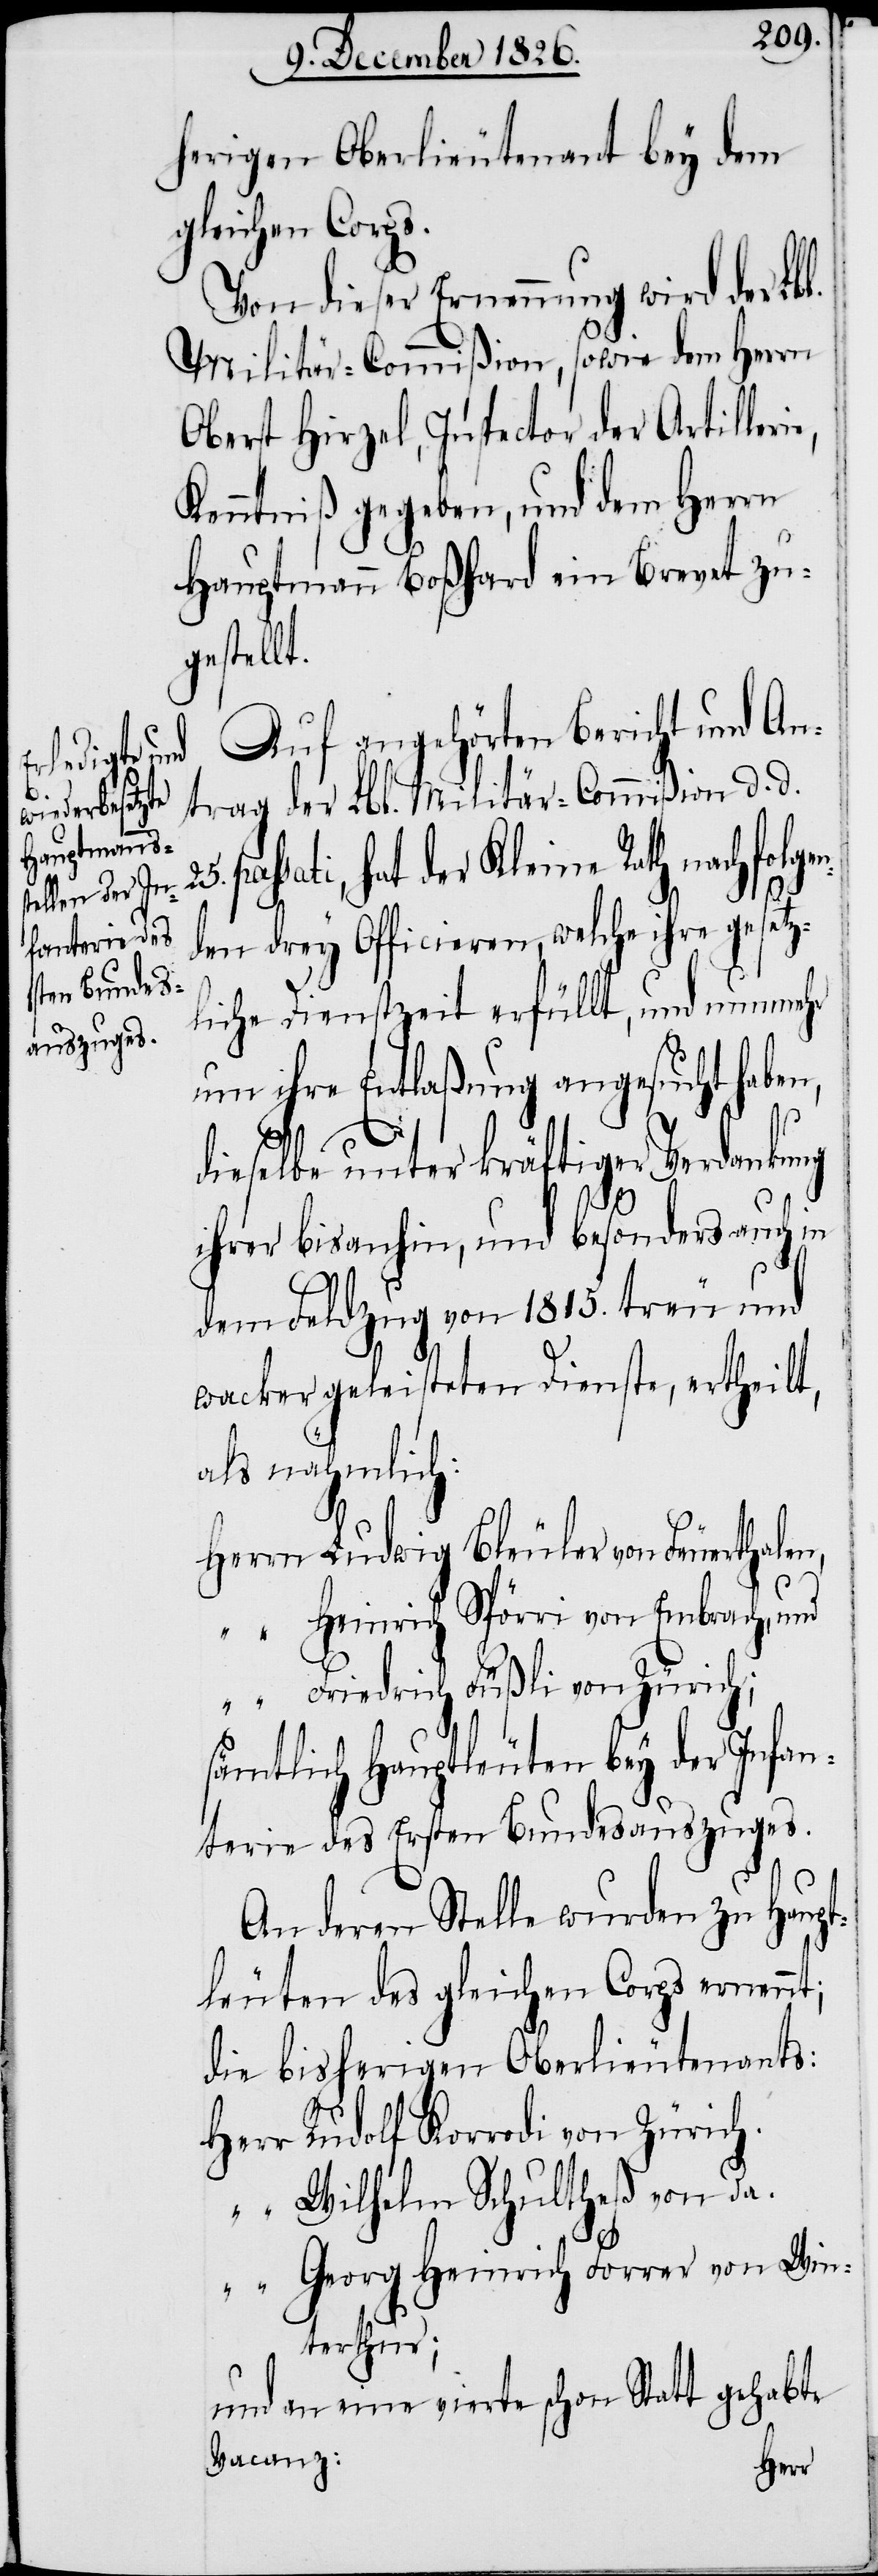
herigen Oberlieutenant bey dem
gleichen Corps.
Von dieser Ernennung wird der Lbl.
Militär-Commißion, sowie dem Herrn
Oberst Hirzel, Inspector der Artiller¬
Kenntniß gegeben, und dem Herrn
Hauptmann Boßhard ein Brevet zu¬
gestellt.
Auf angehörten Bericht und An¬
trag der Lbl. Militär-Commißion d. d.
passati, hat der Kleine Rath nachfolge¬
n¬
den drey Officiren, welche ihre gesetz¬
liche Dienstzeit erfüllt, und nunmehr
um ihre Entlaßung angesucht haben,
dieselbe unter kräftiger Verdankung
ihrer bisanhin, und besonders auch in
dem Feldzug von 1815. treu und
wacker geleisteten Dienste, ertheilt,
als nähmlich:
n,
Herrn	Ludwig Bleuler von Feuerthale¬
Heinrich Spörri von Embrach, und
Friedrich Füßli von Zürich;
Infan¬
sämtlich Hauptleuten bey der
terie des Ersten Bundesauszuges.
An deren Stelle wurden zu Haupt¬
leuten des gleichen Corps ernennt;
die bisherigen Oberlieutenants:
Herr	Rudolf Korrodi von Zürich.
Wilhelm Schultheß von da.
Georg Heinrich Forrer von Win¬
terthur;
und an eine vierte schon Statt gehabte
Vacanz: